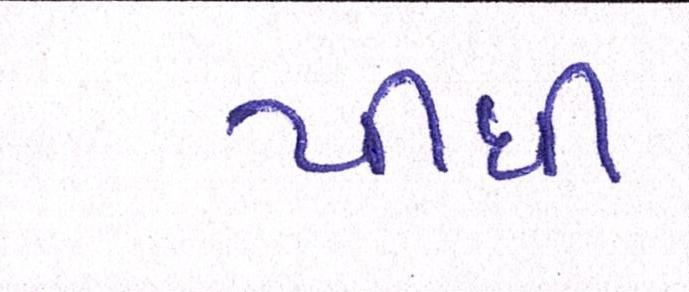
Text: પીધી